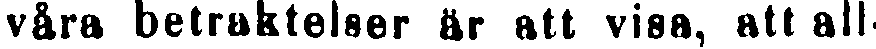
våra betraktelser är att visa, att all-